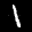
Label: 1